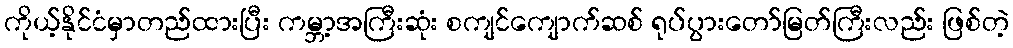
ကိုယ့်နိုင်ငံမှာတည်ထားပြီး ကမ္ဘာ့အကြီးဆုံး စကျင်ကျောက်ဆစ် ရုပ်ပွားတော်မြတ်ကြီးလည်း ဖြစ်တဲ့